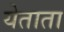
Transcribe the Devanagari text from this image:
येताता